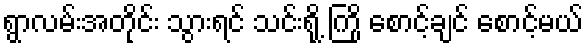
ရွာလမ်းအတိုင်း သွားရင် သင်းရို့ ကြို စောင့်ချင် စောင့်မယ်